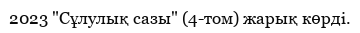
2023 "Сұлулық сазы" (4-том) жарық көрді.